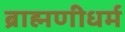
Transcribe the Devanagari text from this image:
ब्राह्मणीधर्म